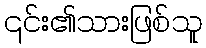
၎င်း၏သားဖြစ်သူ